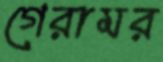
গেরামর